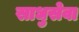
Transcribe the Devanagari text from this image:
साधुसेवा